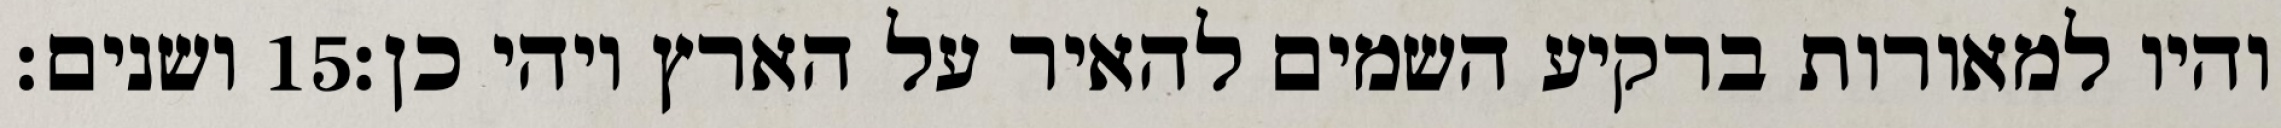
ושנים׃ ‎15‏ והיו למאורות ברקיע השמים להאיר על הארץ ויהי כן׃